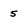
Character: 5